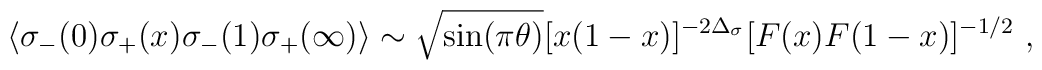
\langle \sigma_- (0) \sigma_+ (x) \sigma_- (1)\sigma_+ (\infty) \rangle \sim \sqrt{\sin (\pi \theta)}[ x (1-x)]^{-2 \Delta_\sigma} [F(x) F(1-x)]^{-1/2}\ ,